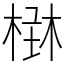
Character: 𣕑